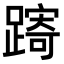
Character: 𨄾